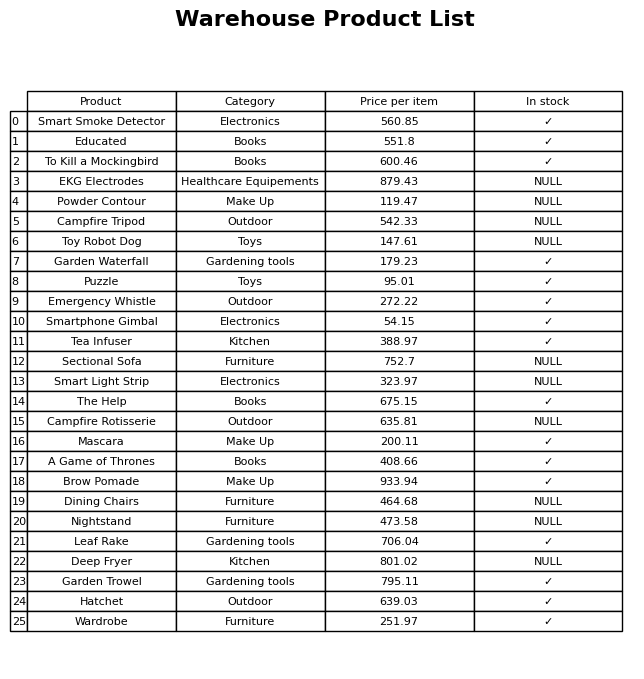
question: Which products are available in stock?
answer: Smart Smoke Detector, Educated, To Kill a Mockingbird, Garden Waterfall, Puzzle, Emergency Whistle, Smartphone Gimbal, Tea Infuser, The Help, Mascara, A Game of Thrones, Brow Pomade, Leaf Rake, Garden Trowel, Hatchet, Wardrobe